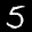
Label: 5